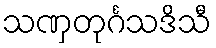
သဏှတုင်္ဂသဒိသီ